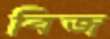
বিজ